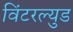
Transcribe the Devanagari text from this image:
विंटरल्युड